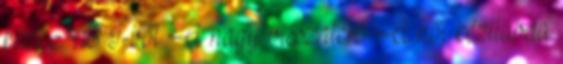
kézi NB I-ből A nagy visszatérő A női kézilabda